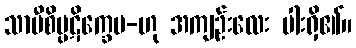
သာမီစိပ္ပဋိက္ခေပ-ဟု အကျဉ်းလေး ပါးရှိ၏။